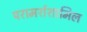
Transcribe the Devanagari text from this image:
परामर्शशामिल